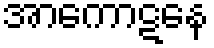
အာကောဋနေ